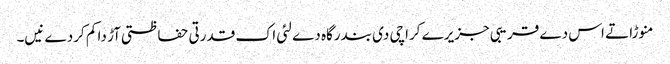
منوڑا تے اس دے قریبی جزیرے کراچی د‏‏ی بندرگاہ دے لئی اک قدرتی حفاظتی آڑ دا کم کردے نی‏‏‏‏ں۔